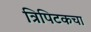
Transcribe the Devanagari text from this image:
त्रिपिटकचा